画像に写った文字を読んでください
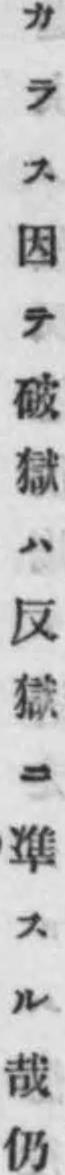
「カラス因テ破獄ハ反獄ニ凖スル哉仍」と書いてあります